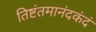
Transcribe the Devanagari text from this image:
तिष्टंतमानंदकंदं